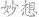
妙想